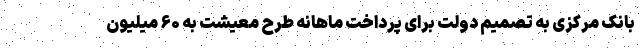
بانک مرکزی به تصمیم دولت برای پرداخت ماهانه طرح معیشت به ۶۰ میلیون